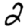
Digit: 2